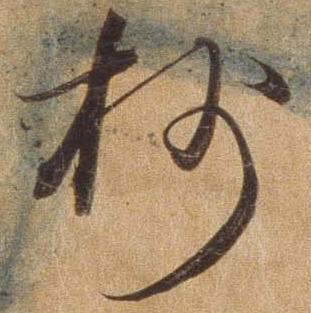
杪